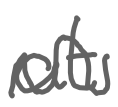
Text: at
Cross-out: wave
Writing tool: digital_gray